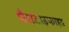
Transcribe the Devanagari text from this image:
पैराटाइफाइड